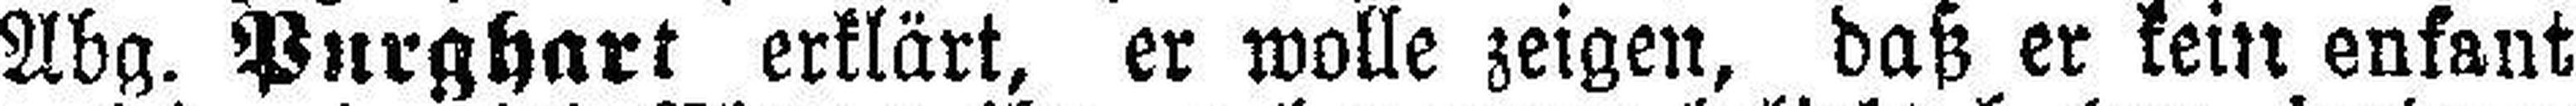
Abg. Purghart erklärt, er wolle zeigen, daß er kein enfant